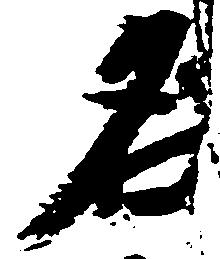
名